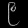
Digit: ၉